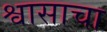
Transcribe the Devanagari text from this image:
श्वासाचा